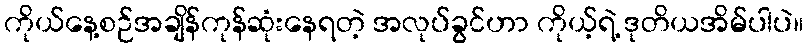
ကိုယ်နေ့စဉ်အချိန်ကုန်ဆုံးနေရတဲ့ အလုပ်ခွင်ဟာ ကိုယ့်ရဲ့ ဒုတိယအိမ်ပါပဲ။